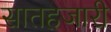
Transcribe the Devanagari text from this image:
सातहजारी